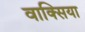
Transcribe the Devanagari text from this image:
वाक्सिया